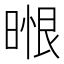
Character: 𭦼